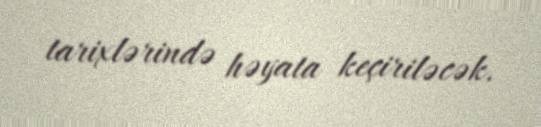
tarixlərində həyata keçiriləcək.